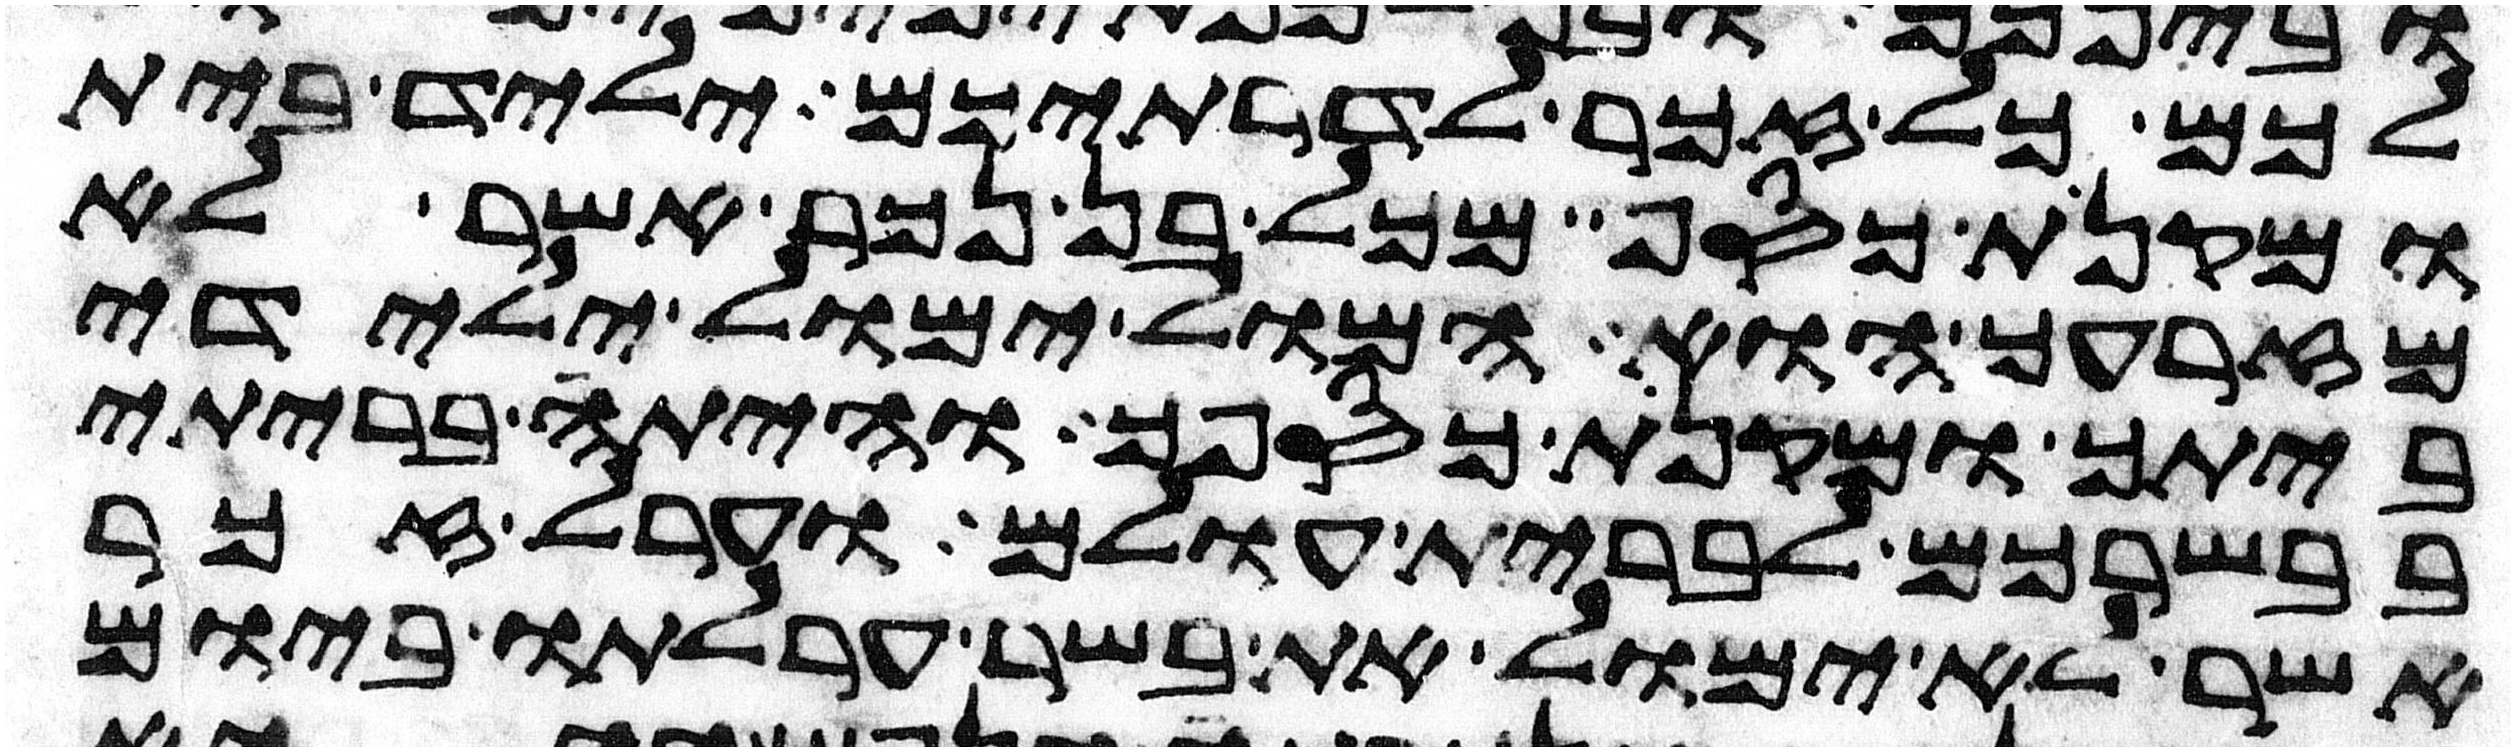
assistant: לכם כל זכר לדרתיכם יליד בית
ומקנת כסף מכל בן נכר אשר לא
מזרעך הוא המול ימול ילידי
ביתך ומקנת כספך והיתה בריתי
בבשרכם לברית עולם וערל זכר
אשר לא ימול את בשר ערלתו ביום